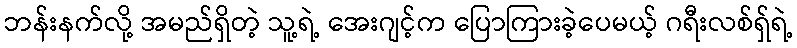
ဘန်းနက်လို့ အမည်ရှိတဲ့ သူ့ရဲ့ အေးဂျင့်က ပြောကြားခဲ့ပေမယ့် ဂရီးလစ်ရှ်ရဲ့